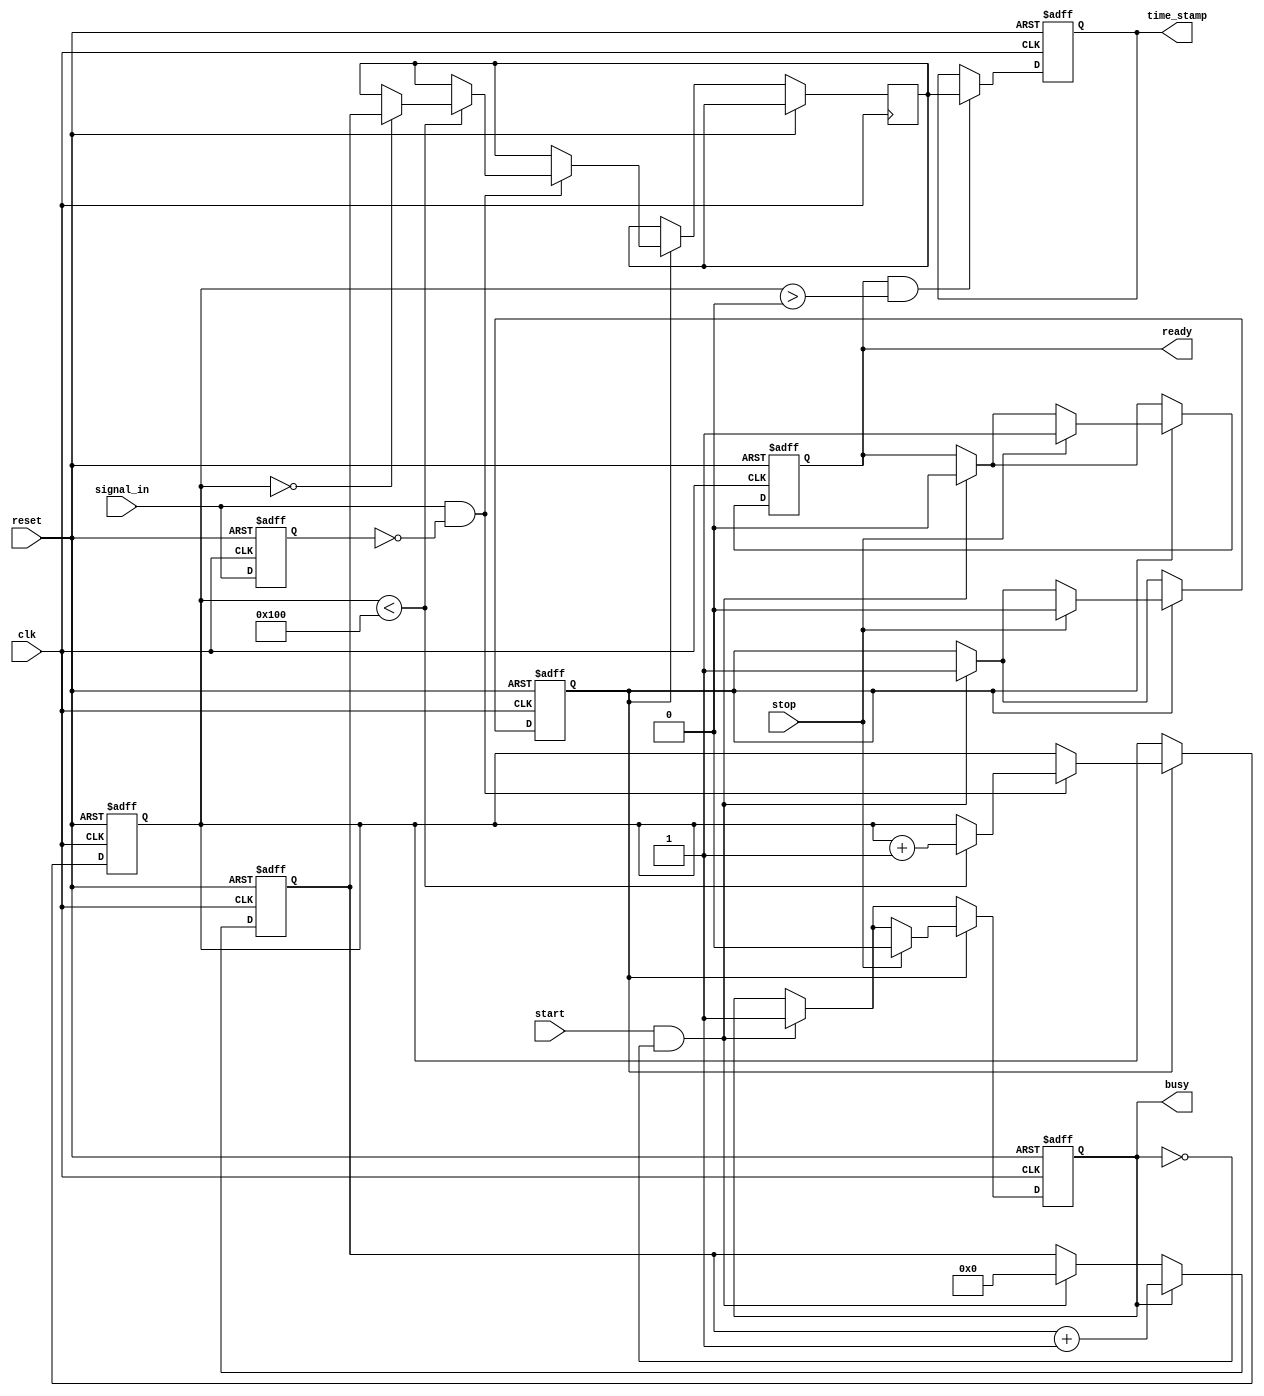
module TDC (
    input wire clk,                // High-frequency sampling clock
    input wire reset,              // Asynchronous reset
    input wire start,              // Start signal for measurement
    input wire stop,               // Stop signal for measurement
    input wire signal_in,          // Input analog signal (assumed to be digital for simplicity)
    output reg [15:0] time_stamp,  // Output time stamp (16-bit)
    output reg ready,              // Ready signal
    output reg busy                // Busy signal
);

    // Parameters
    parameter MAX_SAMPLES = 256;   // Maximum number of samples
    parameter TIME_WIDTH = 16;      // Width of time measurement

    // Internal signals
    reg [TIME_WIDTH-1:0] counter;   // Time counter
    reg [TIME_WIDTH-1:0] memory [0:MAX_SAMPLES-1]; // Memory block for storing time measurements
    reg [7:0] write_ptr;             // Write pointer for memory
    reg [7:0] read_ptr;              // Read pointer for memory
    reg capturing;                   // Flag to indicate capturing state

    // Edge detection logic
    reg signal_in_prev;
    always @(posedge clk or posedge reset) begin
        if (reset) begin
            signal_in_prev <= 0;
        end else begin
            signal_in_prev <= signal_in;
        end
    end

    // Time Measurement Unit
    always @(posedge clk or posedge reset) begin
        if (reset) begin
            counter <= 0;
            capturing <= 0;
            write_ptr <= 0;
            ready <= 1;
            busy <= 0;
        end else begin
            if (start && !busy) begin
                busy <= 1;
                ready <= 0;
                capturing <= 1;
                counter <= 0; // Reset counter on start
            end

            if (capturing) begin
                if (signal_in && !signal_in_prev) begin // Rising edge detected
                    if (write_ptr < MAX_SAMPLES) begin
                        memory[write_ptr] <= counter; // Store time stamp
                        write_ptr <= write_ptr + 1;
                    end
                end

                if (stop) begin
                    capturing <= 0;
                    busy <= 0;
                    ready <= 1;
                end
            end

            if (busy) begin
                counter <= counter + 1; // Increment counter on each clock cycle
            end
        end
    end

    // Output time stamp logic (for demonstration purposes)
    always @(posedge clk or posedge reset) begin
        if (reset) begin
            time_stamp <= 0;
        end else if (ready && (write_ptr > 0)) begin
            time_stamp <= memory[0]; // Output the first stored time stamp
            // Shift memory contents if needed for further processing
            // Implement a FIFO or circular buffer logic as required
        end
    end

endmodule